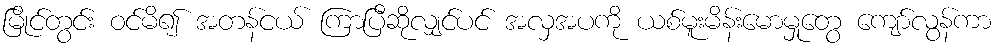
မြိုင်တွင်း ဝင်မိ၍ အတန်ငယ် ကြာပြီဆိုလျှင်ပင် အလှအပကို ယစ်မူးမိန်းမောမှုတွေ ကျော်လွန်ကာ